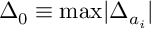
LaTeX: \Delta _ { 0 } \equiv \mathrm { m a x } | \Delta _ { a _ { i } } |